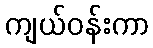
ကျယ်ဝန်းကာ